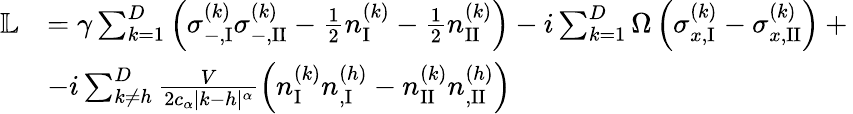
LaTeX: \begin{array}{rl}{\mathbb{L}}&{=\gamma\sum_{k=1}^{D}\left(\sigma_{-,\mathrm{I}}^{(k)}\sigma_{-,\mathrm{II}}^{(k)}-\frac{1}{2}{n}_{\mathrm{I}}^{(k)}-\frac{1}{2}{n}_{\mathrm{II}}^{(k)}\right)-i\sum_{k=1}^{D}\Omega\left(\sigma_{x,\mathrm{I}}^{(k)}-\sigma_{x,\mathrm{II}}^{(k)}\right)+\, }\\ &{-i\sum_{k\neq h}^{D}\frac{V}{2c_{\alpha}|k-h|^{\alpha}}\left(n_{\mathrm{I}}^{(k)}n_{,\mathrm{I}}^{(h)}-n_{\mathrm{II}}^{(k)}n_{,\mathrm{II}}^{(h)}\right)}\end{array}